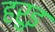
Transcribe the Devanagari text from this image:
हरुइ